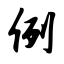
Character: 例